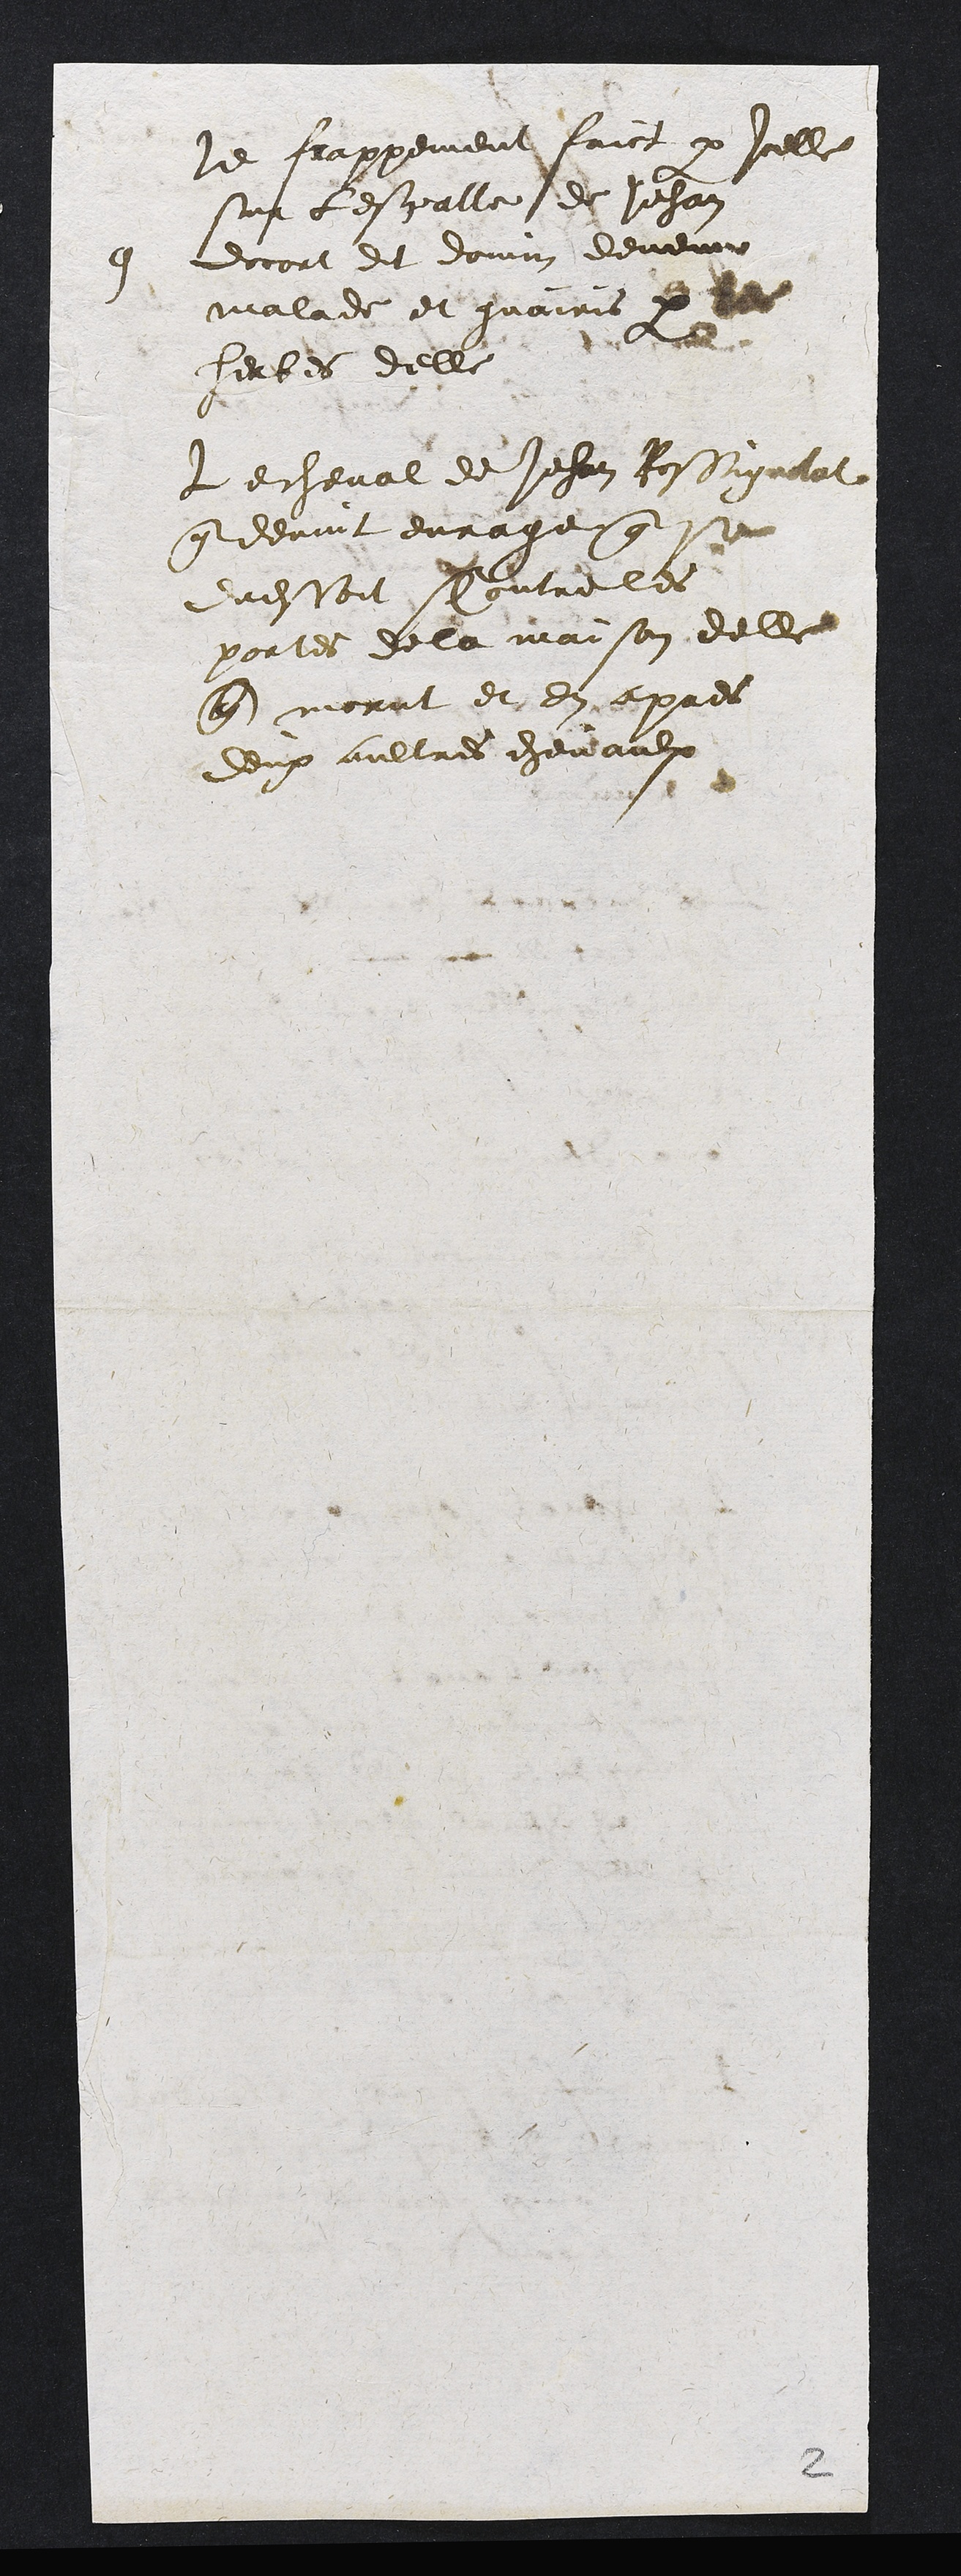
9
le frappement faict par Icelle
sur lespalle de Jehan
docort dit donnin deve
malade et guairis par
herbes delle
Le cheval de Jehan Rossignelat
que devint durage que e
Ladite soit sy ontre les
portes de la maison delle
que morut et en apres
deux aultres chevaulx